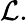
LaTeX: {\mathcal{L}}.